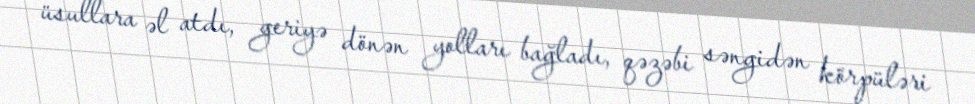
üsullara əl atdı, geriyə dönən yolları bağladı, qəzəbi səngidən körpüləri